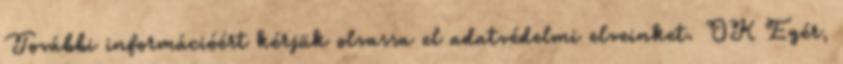
További információért kérjük olvassa el adatvédelmi elveinket. OK Egér,